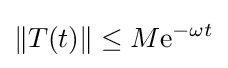
\|T(t)\|\leq M{\rm {e}}^{-\omega t}